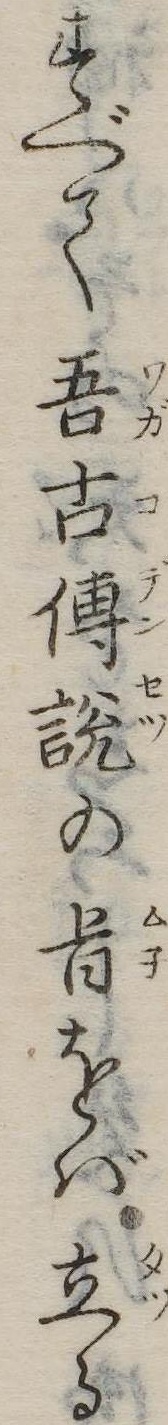
すべて吾古伝説の旨をば立る